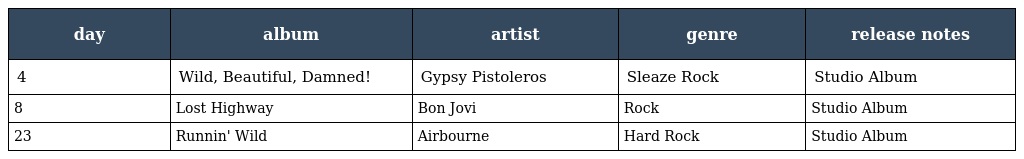
| day | album | artist | genre | release notes |
 | --- | --- | --- | --- | --- |
 | 4 | Wild, Beautiful, Damned! | Gypsy Pistoleros | Sleaze Rock | Studio Album |
 | 8 | Lost Highway | Bon Jovi | Rock | Studio Album |
 | 23 | Runnin' Wild | Airbourne | Hard Rock | Studio Album |